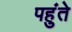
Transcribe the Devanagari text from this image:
पहुंते